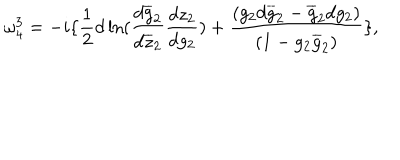
\omega _ { 4 } ^ { 3 } = - i \{ \frac { 1 } { 2 } d \ln ( \frac { d \overline { { { g } } } _ { 2 } } { d \overline { { { z } } } _ { 2 } } \frac { d z _ { 2 } } { d g _ { 2 } } ) + \frac { ( g _ { 2 } d \overline { { { g } } } _ { 2 } - \overline { { { g } } } _ { 2 } d g _ { 2 } ) } { ( 1 - g _ { 2 } \overline { { { g } } } _ { 2 } ) } \} ,